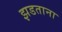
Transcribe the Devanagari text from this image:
झडताना